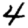
Digit: 4